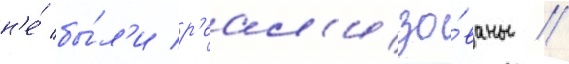
н'е́ бы́л'и р'еал'изо́ваны //